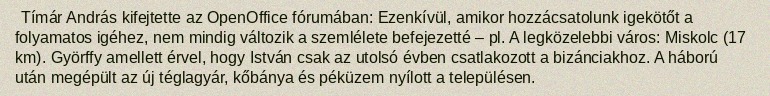
Tímár András kifejtette az OpenOffice fórumában: Ezenkívül, amikor hozzácsatolunk igekötőt a folyamatos igéhez, nem mindig változik a szemlélete befejezetté – pl. A legközelebbi város: Miskolc (17 km). Györffy amellett érvel, hogy István csak az utolsó évben csatlakozott a bizánciakhoz. A háború után megépült az új téglagyár, kőbánya és péküzem nyílott a településen.